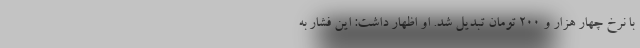
با نرخ چهار هزار و ۲۰۰ تومان تبدیل شد. او اظهار داشت: این فشار به